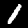
Digit: 1